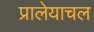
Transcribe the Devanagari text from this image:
प्रालेयाचल